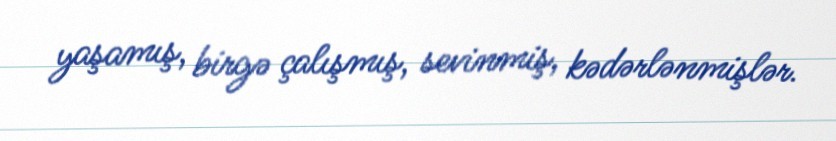
yaşamış, birgə çalışmış, sevinmiş, kədərlənmişlər.